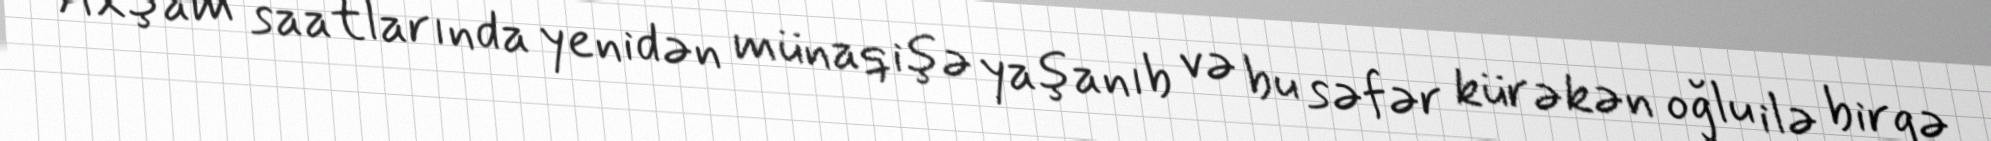
Axşam saatlarında yenidən münaqişə yaşanıb və bu səfər kürəkən oğlu ilə birgə